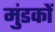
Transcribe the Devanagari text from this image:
मुंडकों